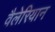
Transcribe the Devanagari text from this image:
वैलेरियान